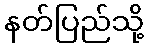
နတ်ပြည်သို့